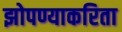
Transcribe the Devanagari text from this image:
झोपण्याकरिता